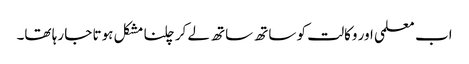
اب معلمی اور وکالت کو ساتھ ساتھ لے کر چلنا مشکل ہوتا جا رہا تھا۔